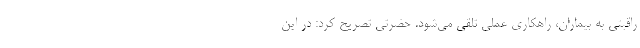
راقبتی به بیماران، راهکاری عملی تلقی می‌شود. حضرتی تصریح کرد: در این